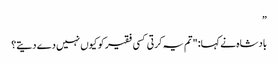
”
بادشاہ نے کہا: "تم یہ کرتی کسی فقیر کو کیوں نہیں دے دیتے؟